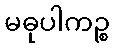
မဓုပါကဉ္စ